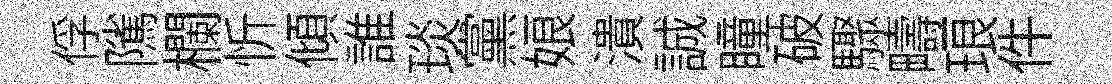
俘隲欄忻傾誰琰黨娘潰誠瞳破驟疇琅件